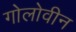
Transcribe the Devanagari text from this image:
गोलोवीन